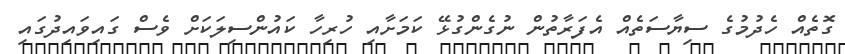
ގޮތެއް ހެދުމުގެ ސިޔާސަތެއް އެފަރާތުން ނުގެންގުޅޭ ކަމަށާއި ހުރިހާ ކައުންސިލަކަށް ވެސް ގައިވައިދުގައި